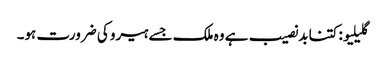
گلیلیو: کتنا بدنصیب ہے وہ ملک جسے ہیرو کی ضرورت ہو۔